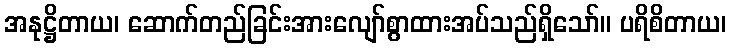
အနုဋ္ဌိတာယ၊ ဆောက်တည်ခြင်းအားလျော်စွာထားအပ်သည်ရှိသော်။ ပရိစိတာယ၊